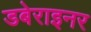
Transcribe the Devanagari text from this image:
डबेराइनर